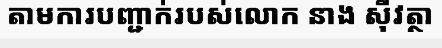
តាមការបញ្ជាក់របស់លោក នាង ស៊ីវត្ថា